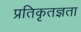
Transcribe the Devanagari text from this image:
प्रतिकृतज्ञता